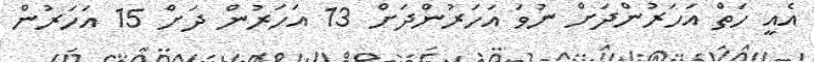
އެއީ ހަތް އަހަރުންދަށް ނުވަ އަހަރުންދަށް 13 އަހަރުން ދަށް 15 އަހަރުން